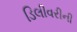
ડિલીવરીની